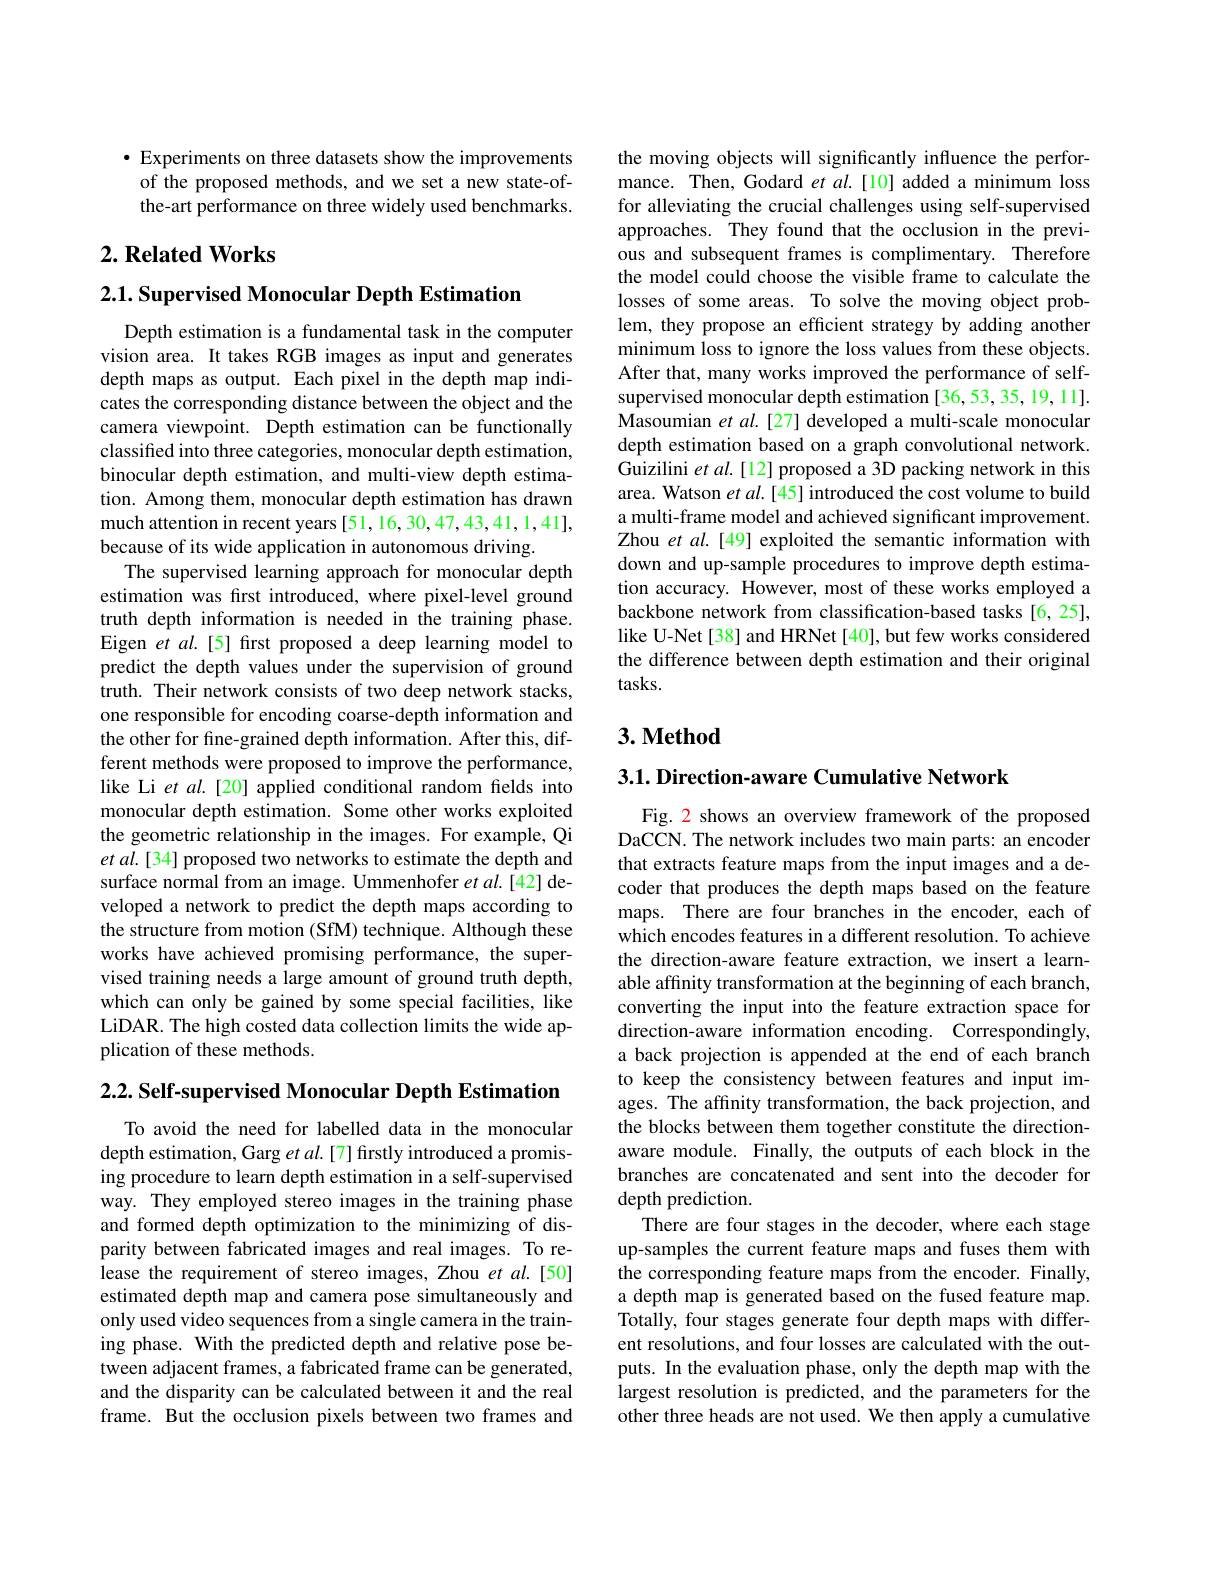
$\bullet$ Experiments on three datasets show the improvements of the proposed methods, and we set a new state-ofthe-art performance on three widely used benchmarks.

## $2. \textbf{Related Works}$

2.1. Supervised Monocular Depth Estimation
Depth estimation is a fundamental task in the computer vision area. It takes RGB images as input and generates depth maps as output. Each pixel in the depth map indicates the corresponding distance between the object and the camera viewpoint. Depth estimation can be functionally classified into three categories, monocular depth estimation, binocular depth estimation, and multi-view depth estimation. Among them, monocular depth estimation has drawn much attention in recent years [51,16,30,47,43,41,1,41], because of its wide application in autonomous driving.
The supervised learning approach for monocular depth estimation was first introduced, where pixel-level ground truth depth information is needed in the training phase. Eigen $etal.[5]$ first proposed a deep learning model to predict the depth values under the supervision of ground truth. Their network consists of two deep network stacks, one responsible for encoding coarse-depth information and the other for fine-grained depth information. After this, different methods were proposed to improve the performance, like Li $etal.[20]$ applied conditional random fields into monocular depth estimation. Some other works exploited the geometric relationship in the images. For example, Qi et al.[34] proposed two networks to estimate the depth and surface normal from an image. Ummenhofer et al.[42] developed a network to predict the depth maps according to the structure from motion (SfM) technique. Although these works have achieved promising performance, the supervised training needs a large amount of ground truth depth, which can only be gained by some special facilities, like LiDAR. The high costed data collection limits the wide application of these methods.

2.2. Self-supervised Monocular Depth Estimation

To avoid the need for labelled data in the monocular depth estimation, Garg $etal.[7]$ firstly introduced a promising procedure to learn depth estimation in a self-supervised way. They employed stereo images in the training phase and formed depth optimization to the minimizing of disparity between fabricated images and real images. To release the requirement of stereo images, Zhou et al.[50] estimated depth map and camera pose simultaneously and only used video sequences from a single camera in the training phase. With the predicted depth and relative pose between adjacent frames, a fabricated frame can be generated, and the disparity can be calculated between it and the real frame. But the occlusion pixels between two frames and

the moving objects will significantly influence the performance. Then, Godard $etal.$[10] added a minimum loss for alleviating the crucial challenges using self-supervised approaches. They found that the occlusion in the previous and subsequent frames is complimentary. Therefore the model could choose the visible frame to calculate the losses of some areas. To solve the moving object problem, they propose an efficient strategy by adding another minimum loss to ignore the loss values from these objects. After that, many works improved the performance of selfsupervised monocular depth estimation [36,53,35,19,11]. Masoumian et $al.[27]$ developed a multi-scale monocular depth estimation based on a graph convolutional network. Guizilini et al.[12] proposed a 3D packing network in this area. Watson et al.[45] introduced the cost volume to build a multi-frame model and achieved significant improvement. Zhou et al.[49] exploited the semantic information with down and up-sample procedures to improve depth estimation accuracy. However, most of these works employed a backbone network from classification-based tasks [6,25], like U-Net[38] and HRNet[40], but few works considered the difference between depth estimation and their original $tasks.$

## $3. \textbf{Method}$

3.1. Direction-aware Cumulative Network

Fig. 2 shows an overview framework of the proposed DaCCN. The network includes two main parts: an encoder that extracts feature maps from the input images and a decoder that produces the depth maps based on the feature maps. There are four branches in the encoder, each of which encodes features in a different resolution. To achieve the direction-aware feature extraction, we insert a learnable affinity transformation at the beginning of each branch, converting the input into the feature extraction space for direction-aware information encoding. Correspondingly, a back projection is appended at the end of each branch to keep the consistency between features and input images. The affinity transformation, the back projection, and the blocks between them together constitute the directionaware module. Finally, the outputs of each block in the branches are concatenated and sent into the decoder for depth prediction.
There are four stages in the decoder, where each stage up-samples the current feature maps and fuses them with the corresponding feature maps from the encoder. Finally, a depth map is generated based on the fused feature map. Totally, four stages generate four depth maps with different resolutions, and four losses are calculated with the outputs. In the evaluation phase, only the depth map with the largest resolution is predicted, and the parameters for the other three heads are not used. We then apply a cumulative